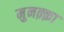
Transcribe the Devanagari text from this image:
मुनक़्क़ा